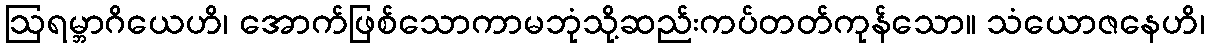
ဩရမ္ဘာဂိယေဟိ၊ အောက်ဖြစ်သောကာမဘုံသို့ဆည်းကပ်တတ်ကုန်သော။ သံယောဇနေဟိ၊